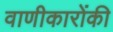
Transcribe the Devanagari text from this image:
वाणीकारोंकी